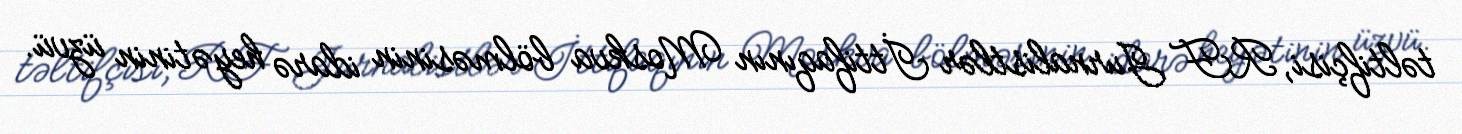
təltifçisi, RF Jurnalistlər İttifaqının Moskva bölməsinin idarə heyətinin üzvü.